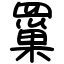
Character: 罺